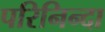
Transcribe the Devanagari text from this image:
परिनिन्दा